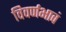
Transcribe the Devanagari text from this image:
विवर्णभावं